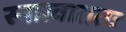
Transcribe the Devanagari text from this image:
स्नात्वाततः